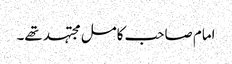
امام صاحب کامل مجتہد تھے۔